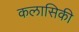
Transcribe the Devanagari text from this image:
कलासिकी